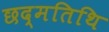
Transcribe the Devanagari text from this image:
छद्मतिथि